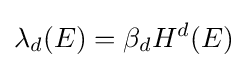
\lambda _{d}(E)=\beta _{d}H^{d}(E)